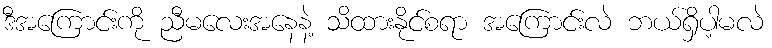
ဒီအကြောင်းကို ညီမလေးအနေနဲ့ သိထားနိုင်စရာ အကြောင်းလဲ ဘယ်ရှိပါ့မလဲ